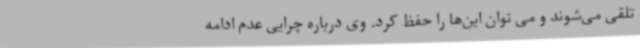
تلقی می‌شوند و می توان این‌ها را حفظ کرد. وی درباره چرایی عدم ادامه